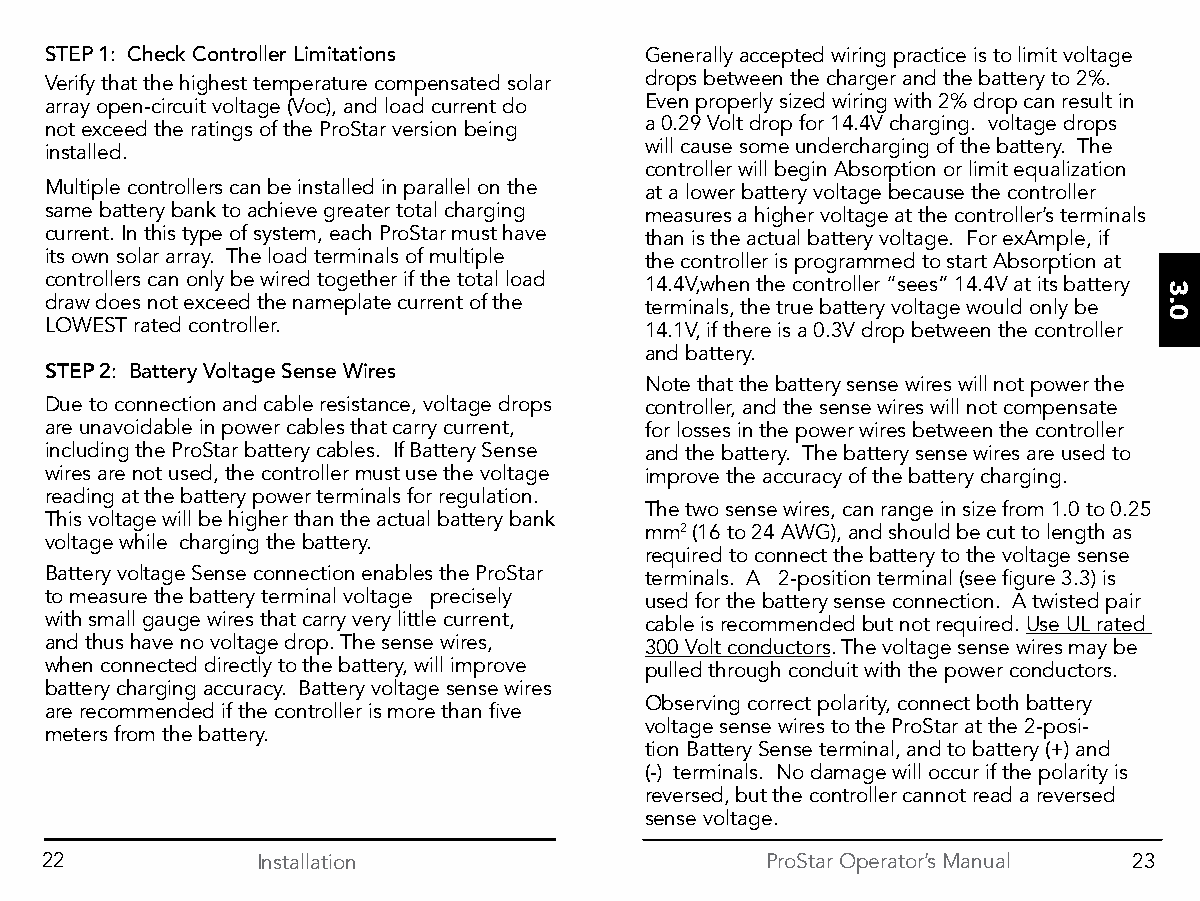
STEP 1: Check Controller Limitations    Generally accepted wiring practice is to limit voltage
 Verify that the highest temperature compensated solar drops between the charger and the battery to 2%.
 array open-circuit voltage (Voc), and load current do Even properly sized wiring with 2% drop can result in
 not exceed the ratings of the ProStar version being a 0.29 Volt drop for 14.4V charging. voltage drops
 installed.                              will cause some undercharging of the battery. The
 controller will begin Absorption or limit equalization
 Multiple controllers can be installed in parallel on the at a lower battery voltage because the controller
 same battery bank to achieve greater total charging measures a higher voltage at the controller’s terminals
 current. In this type of system, each ProStar must have than is the actual battery voltage. For exAmple, if
 its own solar array. The load terminals of multiple the controller is programmed to start Absorption at
 controllers can only be wired together if the total load 14.4V,when the controller “sees” 14.4V at its battery
 draw does not exceed the nameplate current of the terminals, the true battery voltage would only be
 LOWEST rated controller.                14.1V, if there is a 0.3V drop between the controller
 and battery.
 STEP 2: Battery Voltage Sense Wires
 Note that the battery sense wires will not power the
 Due to connection and cable resistance, voltage drops controller, and the sense wires will not compensate
 are unavoidable in power cables that carry current, for losses in the power wires between the controller
 including the ProStar battery cables. If Battery Sense and the battery. The battery sense wires are used to
 wires are not used, the controller must use the voltage improve the accuracy of the battery charging.
 reading at the battery power terminals for regulation.
 The two sense wires, can range in size from 1.0 to 0.25
 This voltage will be higher than the actual battery bank
 mm2 (16 to 24 AWG), and should be cut to length as
 voltage while charging the battery.
 required to connect the battery to the voltage sense
 Battery voltage Sense connection enables the ProStar terminals. A 2-position terminal (see figure 3.3) is
 to measure the battery terminal voltage precisely used for the battery sense connection. A twisted pair
 with small gauge wires that carry very little current, cable is recommended but not required. Use UL rated
 and thus have no voltage drop. The sense wires, 300 Volt conductors. The voltage sense wires may be
 when connected directly to the battery, will improve pulled through conduit with the power conductors.
 battery charging accuracy. Battery voltage sense wires
 Observing correct polarity, connect both battery
 are recommended if the controller is more than five
 voltage sense wires to the ProStar at the 2-posi-
 meters from the battery.
 tion Battery Sense terminal, and to battery (+) and
 (-) terminals. No damage will occur if the polarity is
 reversed, but the controller cannot read a reversed
 sense voltage.
 22            Installation                      ProStar Operator’s Manual 23
 3.0